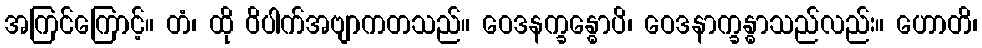
အကြင်ကြောင့်။ တံ၊ ထို ဝိပါက်အဗျာကတသည်။ ဝေဒနက္ခန္ဓောပိ၊ ဝေဒနာက္ခန္ဓာသည်လည်း။ ဟောတိ၊